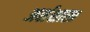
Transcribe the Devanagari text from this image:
अर्शशास्त्र